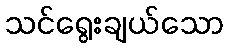
သင်ရွေးချယ်သော